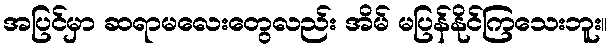
အပြင်မှာ ဆရာမလေးတွေလည်း အိမ် မပြန်နိုင်ကြသေးဘူး။